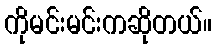
ကိုမင်းမင်းကဆိုတယ်။